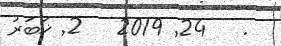
.   24